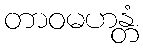
တာဝမဟန္တံ